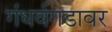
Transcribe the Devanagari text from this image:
गंधर्वगडावर